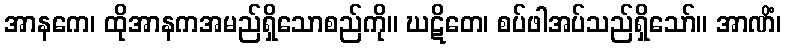
အာနကေ၊ ထိုအာနကအမည်ရှိသောစည်ကို။ ဃဋိတေ၊ စပ်ဖါအပ်သည်ရှိသော်။ အာဏိံ၊